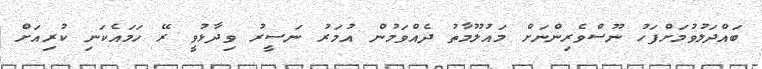
ބައްދަލުވުމަށްފަހު ނޫސްވެރިންނަށް މައުލޫމާތު ދެއްވަމުން އުމަރު ނަސީރު ވިދާޅުވީ ރޭ ހަމައެކަނި ކުރިއަށް